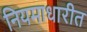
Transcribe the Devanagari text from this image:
नियमाधारीत